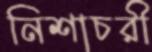
নিশাচরী